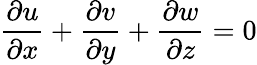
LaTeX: \frac{\partial u}{\partial x}+\frac{\partial v}{\partial y}+\frac{\partial w}{\partial z}=0